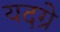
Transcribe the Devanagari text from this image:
यदग्रे